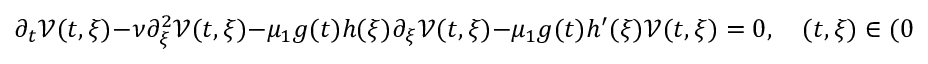
\partial _ { t } \mathcal { V } ( t , \xi ) - \nu \partial _ { \xi } ^ { 2 } \mathcal { V } ( t , \xi ) - \mu _ { 1 } g ( t ) h ( \xi ) \partial _ { \xi } \mathcal { V } ( t , \xi ) - \mu _ { 1 } g ( t ) h ^ { \prime } ( \xi ) \mathcal { V } ( t , \xi ) = 0 , \quad ( t , \xi ) \in ( 0 , T ] \times \mathbb { R } ,